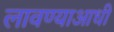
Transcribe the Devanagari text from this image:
लावण्‍याआधी